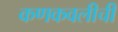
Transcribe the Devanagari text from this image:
कणकवलीची